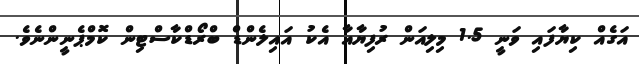
އަގެއް ކިޔާފައި ވަނީ 1.5 މިލިއަން ރުފިޔާއާ އެކު އައިލެންޑް ބްރޯޑްކާސްޓިން ކޮމްޕެނީންނެވެ.